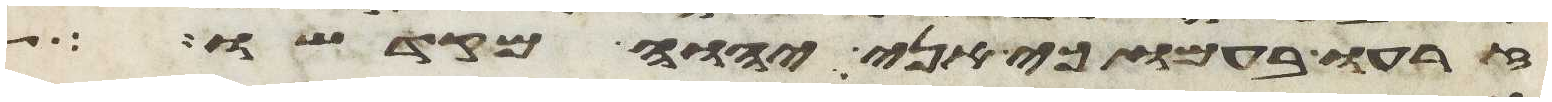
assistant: זרעו בעמו כי אני יהוה מקדשו